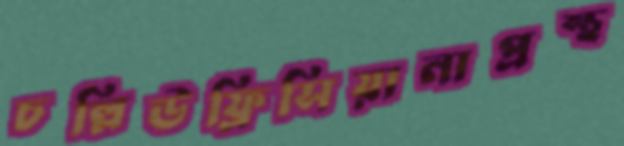
চল্লিউফ্রিসিয়ানাপ্রস্থ